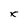
Character: x